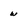
Character: w